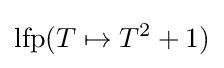
{\text{lfp}}(T\mapsto T^{2}+1)